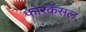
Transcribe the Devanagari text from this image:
फोरकॅसल